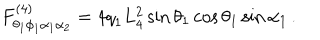
F _ { \theta _ { 1 } \phi _ { 1 } \alpha _ { 1 } \alpha _ { 2 } } ^ { ( 4 ) } = 4 { q } _ { 1 } L _ { 4 } ^ { 2 } \sin \theta _ { 1 } \cos \theta _ { 1 } \sin \alpha _ { 1 } \, .